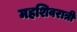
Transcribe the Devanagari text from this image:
महशिवरात्री